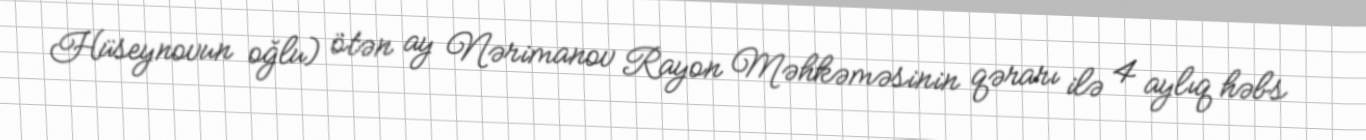
Hüseynovun oğlu) ötən ay Nərimanov Rayon Məhkəməsinin qərarı ilə 4 aylıq həbs